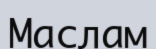
Маслам